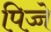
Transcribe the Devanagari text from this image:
पिज्जे